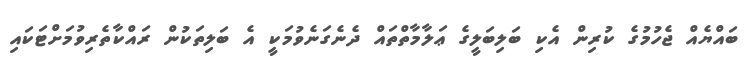
ބައްޔެއް ޖެހުމުގެ ކުރިން އެކި ބަލިބަލީގެ ޢަލާމާތްތައް ދެނެގަނެވުމަކީ އެ ބަލިތަކުން ރައްކާތެރިވުމަށްޓަކައި